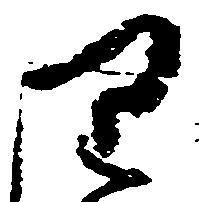
り